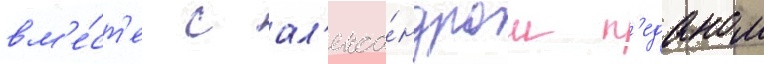
вм'е́ст'е с ал'екса́ндром п'еданом